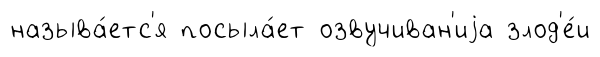
называ́етс'я посыла́ет озвучиван'иjа злод'е́и